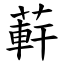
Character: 蓒